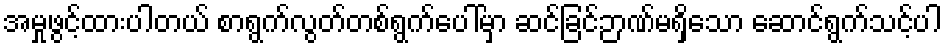
အမှုဖွင့်ထားပါတယ် စာရွက်လွတ်တစ်ရွက်ပေါ်မှာ ဆင်ခြင်ဉာဏ်မရှိသော ဆောင်ရွက်သင့်ပါ